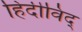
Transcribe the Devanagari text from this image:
हिंदीविद्‍